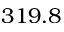
3 1 9 . 8